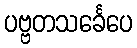
ပဗ္ဗတသင်္ခေပေ